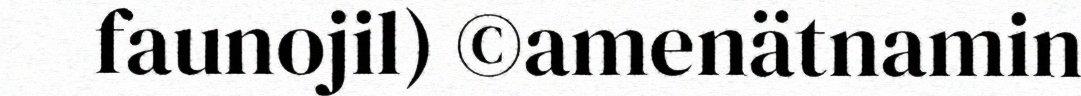
faunojil) ©amenätnamin